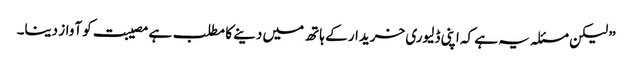
” لیکن مسئلہ یہ ہے کہ اپنی ڈلیوری خریدار کے ہاتھ میں دینے کا مطلب ہے مصیبت کو آواز دینا۔